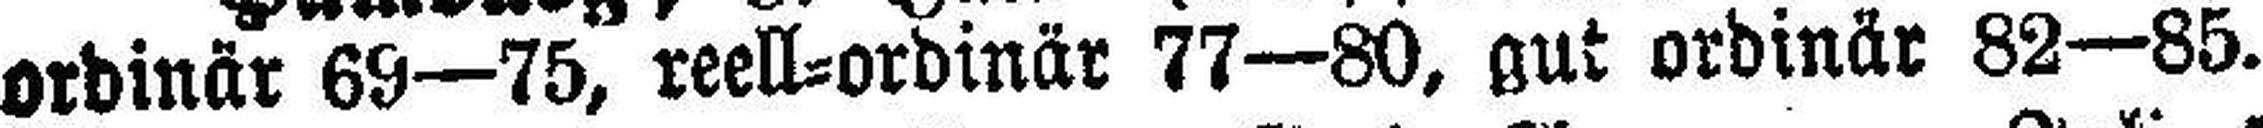
ordinär 69—75, reell=ordinär 77—80, gut ordinär 82—85.